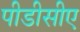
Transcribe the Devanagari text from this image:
पीडीसीए